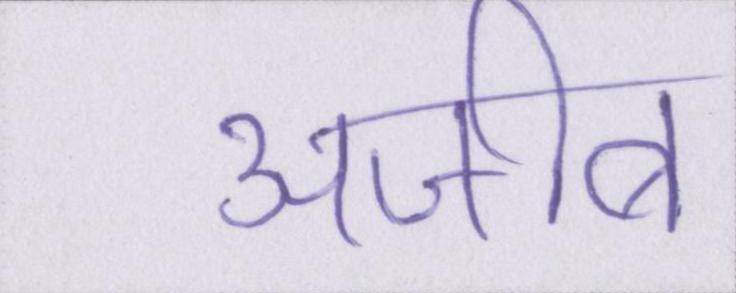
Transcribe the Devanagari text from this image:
अजीब